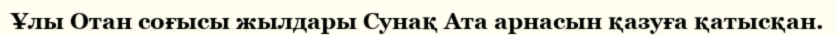
Ұлы Отан соғысы жылдары Сунақ Ата арнасын қазуға қатысқан.